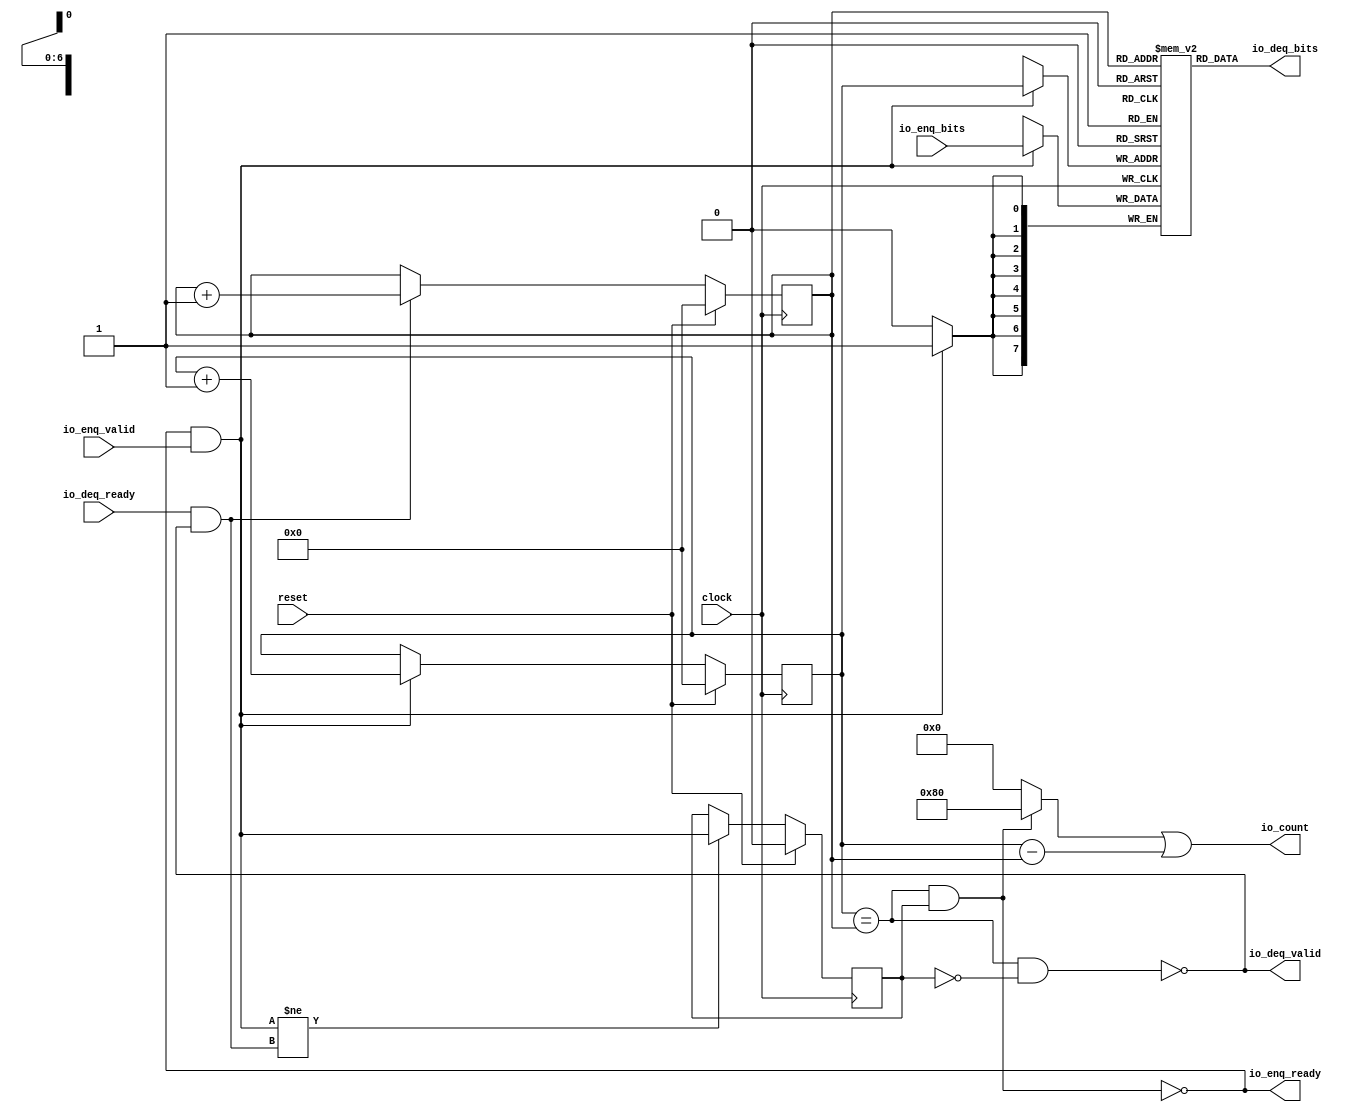
module Queue_37(
  input        clock,
  input        reset,
  output       io_enq_ready,
  input        io_enq_valid,
  input  [7:0] io_enq_bits,
  input        io_deq_ready,
  output       io_deq_valid,
  output [7:0] io_deq_bits,
  output [7:0] io_count
);
`ifdef RANDOMIZE_MEM_INIT
  reg [31:0] _RAND_0;
`endif // RANDOMIZE_MEM_INIT
`ifdef RANDOMIZE_REG_INIT
  reg [31:0] _RAND_1;
  reg [31:0] _RAND_2;
  reg [31:0] _RAND_3;
`endif // RANDOMIZE_REG_INIT
  reg [7:0] ram [0:127]; // @[Decoupled.scala 218:16]
  wire [7:0] ram_io_deq_bits_MPORT_data; // @[Decoupled.scala 218:16]
  wire [6:0] ram_io_deq_bits_MPORT_addr; // @[Decoupled.scala 218:16]
  wire [7:0] ram_MPORT_data; // @[Decoupled.scala 218:16]
  wire [6:0] ram_MPORT_addr; // @[Decoupled.scala 218:16]
  wire  ram_MPORT_mask; // @[Decoupled.scala 218:16]
  wire  ram_MPORT_en; // @[Decoupled.scala 218:16]
  reg [6:0] enq_ptr_value; // @[Counter.scala 60:40]
  reg [6:0] deq_ptr_value; // @[Counter.scala 60:40]
  reg  maybe_full; // @[Decoupled.scala 221:27]
  wire  ptr_match = enq_ptr_value == deq_ptr_value; // @[Decoupled.scala 223:33]
  wire  empty = ptr_match & ~maybe_full; // @[Decoupled.scala 224:25]
  wire  full = ptr_match & maybe_full; // @[Decoupled.scala 225:24]
  wire  do_enq = io_enq_ready & io_enq_valid; // @[Decoupled.scala 40:37]
  wire  do_deq = io_deq_ready & io_deq_valid; // @[Decoupled.scala 40:37]
  wire [6:0] _value_T_1 = enq_ptr_value + 7'h1; // @[Counter.scala 76:24]
  wire [6:0] _value_T_3 = deq_ptr_value + 7'h1; // @[Counter.scala 76:24]
  wire [6:0] ptr_diff = enq_ptr_value - deq_ptr_value; // @[Decoupled.scala 257:32]
  wire [7:0] _io_count_T_1 = maybe_full & ptr_match ? 8'h80 : 8'h0; // @[Decoupled.scala 259:20]
  wire [7:0] _GEN_8 = {{1'd0}, ptr_diff}; // @[Decoupled.scala 259:62]
  assign ram_io_deq_bits_MPORT_addr = deq_ptr_value;
  assign ram_io_deq_bits_MPORT_data = ram[ram_io_deq_bits_MPORT_addr]; // @[Decoupled.scala 218:16]
  assign ram_MPORT_data = io_enq_bits;
  assign ram_MPORT_addr = enq_ptr_value;
  assign ram_MPORT_mask = 1'h1;
  assign ram_MPORT_en = io_enq_ready & io_enq_valid;
  assign io_enq_ready = ~full; // @[Decoupled.scala 241:19]
  assign io_deq_valid = ~empty; // @[Decoupled.scala 240:19]
  assign io_deq_bits = ram_io_deq_bits_MPORT_data; // @[Decoupled.scala 242:15]
  assign io_count = _io_count_T_1 | _GEN_8; // @[Decoupled.scala 259:62]
  always @(posedge clock) begin
    if(ram_MPORT_en & ram_MPORT_mask) begin
      ram[ram_MPORT_addr] <= ram_MPORT_data; // @[Decoupled.scala 218:16]
    end
    if (reset) begin // @[Counter.scala 60:40]
      enq_ptr_value <= 7'h0; // @[Counter.scala 60:40]
    end else if (do_enq) begin // @[Decoupled.scala 229:17]
      enq_ptr_value <= _value_T_1; // @[Counter.scala 76:15]
    end
    if (reset) begin // @[Counter.scala 60:40]
      deq_ptr_value <= 7'h0; // @[Counter.scala 60:40]
    end else if (do_deq) begin // @[Decoupled.scala 233:17]
      deq_ptr_value <= _value_T_3; // @[Counter.scala 76:15]
    end
    if (reset) begin // @[Decoupled.scala 221:27]
      maybe_full <= 1'h0; // @[Decoupled.scala 221:27]
    end else if (do_enq != do_deq) begin // @[Decoupled.scala 236:28]
      maybe_full <= do_enq; // @[Decoupled.scala 237:16]
    end
  end
// Register and memory initialization
`ifdef RANDOMIZE_GARBAGE_ASSIGN
`define RANDOMIZE
`endif
`ifdef RANDOMIZE_INVALID_ASSIGN
`define RANDOMIZE
`endif
`ifdef RANDOMIZE_REG_INIT
`define RANDOMIZE
`endif
`ifdef RANDOMIZE_MEM_INIT
`define RANDOMIZE
`endif
`ifndef RANDOM
`define RANDOM $random
`endif
`ifdef RANDOMIZE_MEM_INIT
  integer initvar;
`endif
`ifndef SYNTHESIS
`ifdef FIRRTL_BEFORE_INITIAL
`FIRRTL_BEFORE_INITIAL
`endif
initial begin
  `ifdef RANDOMIZE
    `ifdef INIT_RANDOM
      `INIT_RANDOM
    `endif
    `ifndef VERILATOR
      `ifdef RANDOMIZE_DELAY
        #`RANDOMIZE_DELAY begin end
      `else
        #0.002 begin end
      `endif
    `endif
`ifdef RANDOMIZE_MEM_INIT
  _RAND_0 = {1{`RANDOM}};
  for (initvar = 0; initvar < 128; initvar = initvar+1)
    ram[initvar] = _RAND_0[7:0];
`endif // RANDOMIZE_MEM_INIT
`ifdef RANDOMIZE_REG_INIT
  _RAND_1 = {1{`RANDOM}};
  enq_ptr_value = _RAND_1[6:0];
  _RAND_2 = {1{`RANDOM}};
  deq_ptr_value = _RAND_2[6:0];
  _RAND_3 = {1{`RANDOM}};
  maybe_full = _RAND_3[0:0];
`endif // RANDOMIZE_REG_INIT
  `endif // RANDOMIZE
end // initial
`ifdef FIRRTL_AFTER_INITIAL
`FIRRTL_AFTER_INITIAL
`endif
`endif // SYNTHESIS
endmodule